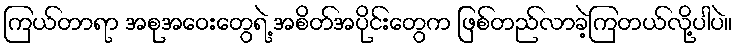
ကြယ်တာရာ အစုအဝေးတွေရဲ့ အစိတ်အပိုင်းတွေက ဖြစ်တည်လာခဲ့ကြတယ်လို့ပါပဲ။